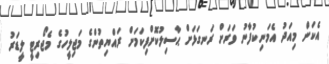
އެކަން މިއަދު އެމަނިކުފާނު ވަރަށް ރަނގަޅަށް ޙާސިލުކޮށްފިކަމަށް ރައްޔިތުންގެ މަޖިލީހުގެ މެޖޯރިޓީ ލީޑަރު